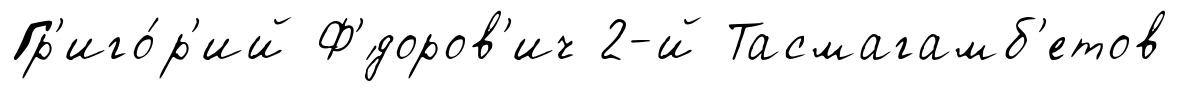
Гр'иго́р'ий Ф'́доров'ич 2-й Тасмагамб'етов